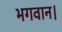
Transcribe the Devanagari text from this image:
भगवान।